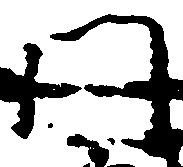
門